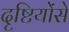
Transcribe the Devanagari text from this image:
दृष्टियोंसे